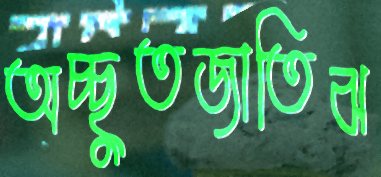
অচ্ছুতজাতিঝ